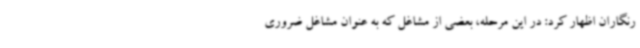
رنگاران اظهار کرد: در این مرحله، بعضی از مشاغل که به عنوان مشاغل ضروری